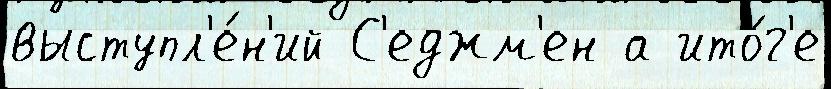
выступл'е́н'ий С'еджм'ен а ито́г'е